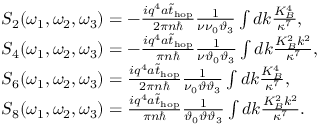
\begin{array} { r l } & { S _ { 2 } ( \omega _ { 1 } , \omega _ { 2 } , \omega _ { 3 } ) = - \frac { i q ^ { 4 } a \tilde { t } _ { \mathrm { h o p } } } { 2 \pi n \hbar } \frac { 1 } { \nu \nu _ { 0 } \vartheta _ { 3 } } \int d k \frac { K _ { B } ^ { 4 } } { \kappa ^ { 7 } } , } \\ & { S _ { 4 } ( \omega _ { 1 } , \omega _ { 2 } , \omega _ { 3 } ) = - \frac { i q ^ { 4 } a \tilde { t } _ { \mathrm { h o p } } } { \pi n \hbar } \frac { 1 } { \nu \vartheta _ { 0 } \vartheta _ { 3 } } \int d k \frac { K _ { B } ^ { 2 } k ^ { 2 } } { \kappa ^ { 7 } } , } \\ & { S _ { 6 } ( \omega _ { 1 } , \omega _ { 2 } , \omega _ { 3 } ) = \frac { i q ^ { 4 } a \tilde { t } _ { \mathrm { h o p } } } { 2 \pi n \hbar } \frac { 1 } { \nu _ { 0 } \vartheta \vartheta _ { 3 } } \int d k \frac { K _ { B } ^ { 4 } } { \kappa ^ { 7 } } , } \\ & { S _ { 8 } ( \omega _ { 1 } , \omega _ { 2 } , \omega _ { 3 } ) = \frac { i q ^ { 4 } a \tilde { t } _ { \mathrm { h o p } } } { \pi n \hbar } \frac { 1 } { \vartheta _ { 0 } \vartheta \vartheta _ { 3 } } \int d k \frac { K _ { B } ^ { 2 } k ^ { 2 } } { \kappa ^ { 7 } } . } \end{array}